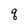
Character: q